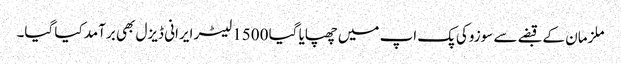
ملزمان کے قبضے سے سوزوکی پک اپ میں چھپایا گیا 1500 لیٹر ایرانی ڈیزل بھی برآمد کیا گیا۔